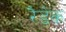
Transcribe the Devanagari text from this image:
रैडेक